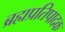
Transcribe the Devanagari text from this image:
ब्रह्मप्रतिपादक